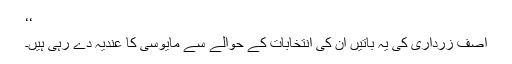
‘‘
آصف زرداری کی یہ باتیں اُن کی انتخابات کے حوالے سے مایوسی کا عندیہ دے رہی ہیں۔